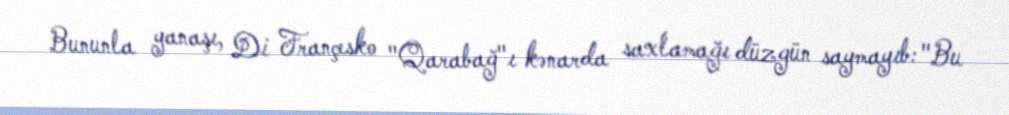
Bununla yanaşı, Di Françesko "Qarabağ"ı kənarda saxlamağı düzgün saymayıb: "Bu